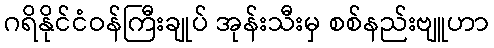
ဂရိနိုင်ငံဝန်ကြီးချုပ် အုန်းသီးမှ စစ်နည်းဗျူဟာ